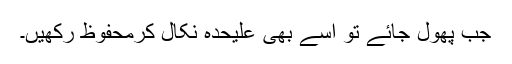
جب پھول جائے تو اِسے بھی علیحدہ نکال کرمحفوظ رکھیں۔